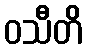
ဝသီတိ